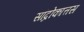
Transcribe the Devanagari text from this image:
सांद्रोकात्तस